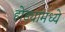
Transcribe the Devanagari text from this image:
होड्यांमध्ये